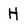
Character: H